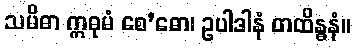
သမိဓာ ဣဓုမံ စေ’ဓော၊ ဥပါဒါနံ တထိန္ဓနံ။